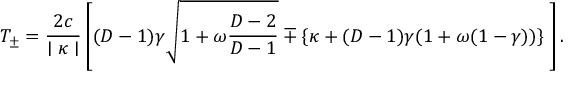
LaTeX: T _ { \pm } = \frac { 2 c } { \mid \kappa \mid } \left[ ( D - 1 ) \gamma \sqrt { 1 + \omega \frac { D - 2 } { D - 1 } } \mp \{ \kappa + ( D - 1 ) \gamma ( 1 + \omega ( 1 - \gamma ) ) \} \frac { } { } \right] .